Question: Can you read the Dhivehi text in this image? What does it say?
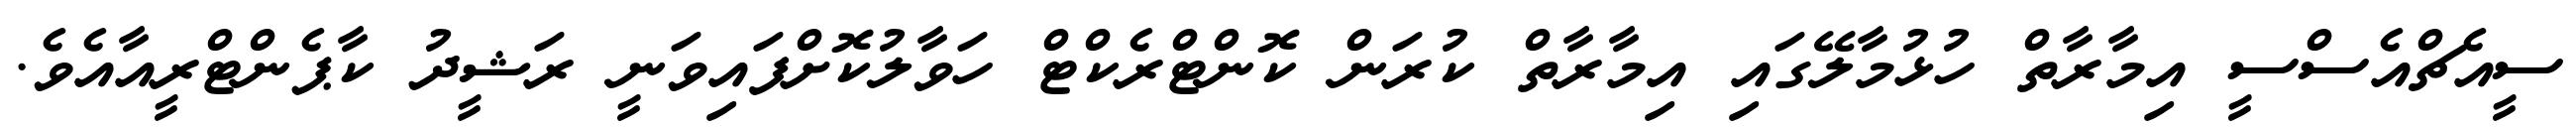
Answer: ސީއެޗްއެސްސީ އިމާރާތް ހުޅުމާލޭގައި އިމާރާތް ކުރަން ކޮންޓްރެކްޓް ހަވާލުކޮށްފައިވަނީ ރަޝީދު ކާޕެންޓްރީއާއެވެ.